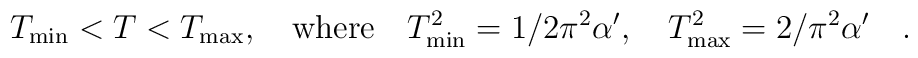
T_{\rm min} < T < T_{\rm max} , \quad {\rm where} \quad T^2_{\rm min} = 1/2\pi^2 \alpha^{\prime },\quad T^2_{\rm max} = 2/\pi^2 \alpha^{\prime } \quad .